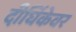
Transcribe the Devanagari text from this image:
दीर्घिकेवर